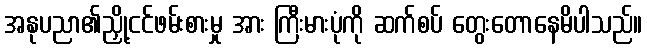
အနုပညာ၏ညှို့ငင်ဖမ်းစားမှု အား ကြီးမားပုံကို ဆက်စပ် တွေးတောနေမိပါသည်။